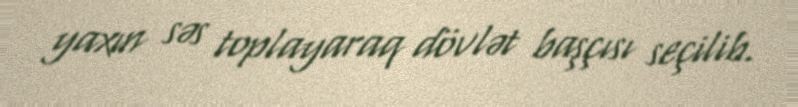
yaxın səs toplayaraq dövlət başçısı seçilib.